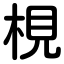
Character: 梘